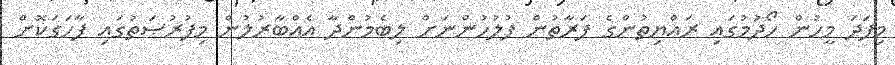
މިފަދަ މީހުން ހޯދުމުގައި ރައްޔިތުންގެ ފަރާތުން ފުލުހުންނަށް ލިބެމުންދާ އެއްބާރުލުން މިފުރުޞަތުގައި ފާހަގަކޮށް